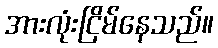
အားလုံးငြိမ်နေသည်။